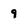
Character: 9